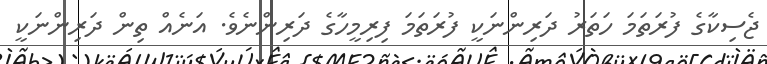
ޖެސިކާގެ ފުރަތަމަ ހަތަރު ދަރިންނަކީ ފުރަތަމަ ފިރިމީހާގެ ދަރިންނެވެ. އަނެއް ތިން ދަރިންނަކީ